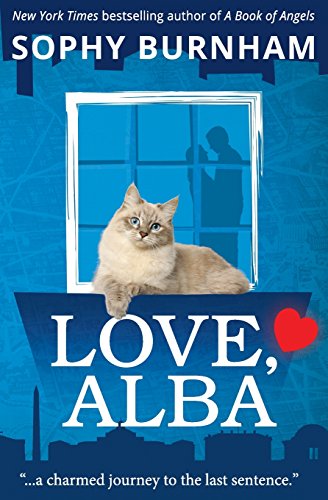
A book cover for Love, Alba; Sophy Burnham; Romance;